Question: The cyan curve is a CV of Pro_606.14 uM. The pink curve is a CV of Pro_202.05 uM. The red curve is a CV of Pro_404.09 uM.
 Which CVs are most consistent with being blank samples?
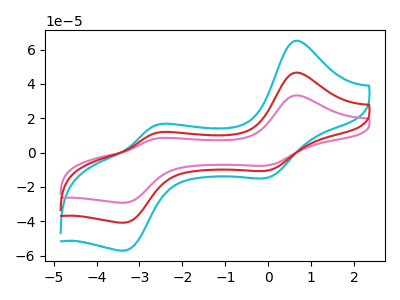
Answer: <think>The cyan curve "Pro_606.14 uM" has anodic peaks at (0.60V, 93.00uA) (-2.65V, 22.80uA) and cathodic peaks at (-0.05V, -21.15uA) (-3.35V, -81.60uA). The pink curve "Pro_202.05 uM" has anodic peaks at (0.60V, 33.25uA) (-2.65V, 8.15uA) and cathodic peaks at (-0.05V, -7.55uA) (-3.35V, -29.15uA). The red curve "Pro_404.09 uM" has anodic peaks at (0.60V, 46.50uA) (-2.65V, 11.40uA) and cathodic peaks at (-0.05V, -10.55uA) (-3.35V, -40.80uA).</think>
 <answer>There are not any CV's on this graph that are likely to be blanks.</answer>
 <eval>none</eval>